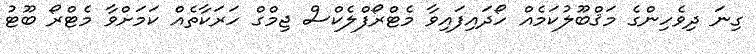
ގިނަ ދިވެހިންގެ މަޤްބޫލުކަމެއް ހޯދައިފައިވާ މެޓްރޯފްލެކްސް ޖިމްގް ހަރަކާތެއް ކަމަށްވާ މެޓްރޯ ބޫޓު